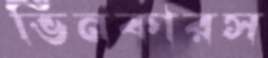
ভিনকারস